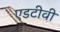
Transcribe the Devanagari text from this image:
एडटीवी